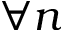
\forall n